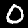
Label: 0